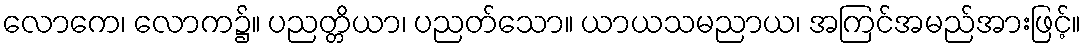
လောကေ၊ လောက၌။ ပညတ္တိယာ၊ ပညတ်သော။ ယာယသမညာယ၊ အကြင်အမည်အားဖြင့်။